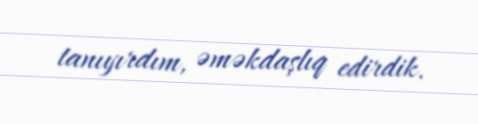
tanıyırdım, əməkdaşlıq edirdik.